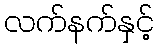
လက်နက်နှင့်